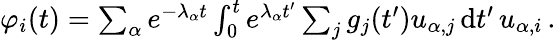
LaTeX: \begin{array}{r}{\varphi_{i}(t)=\sum_{\alpha}e^{-\lambda_{\alpha}t}\int_{0}^{t}e^{\lambda_{\alpha}t^{\prime}}\sum_{j}g_{j}(t^{\prime})u_{\alpha,j}\, \mathrm{d}t^{\prime}\, u_{\alpha,i}\, .}\end{array}